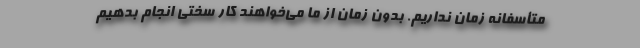
متأسفانه زمان نداریم. بدون زمان از ما می‌خواهند کار سختی انجام بدهیم